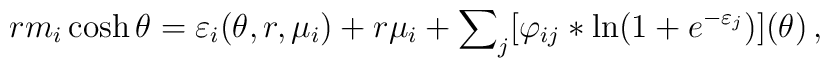
rm_{i}\cosh \theta =\varepsilon _{i}(\theta ,r,\mu _{i})+r\mu_{i}+\sum\nolimits_{j}[\varphi _{ij}\ast \ln (1+e^{-\varepsilon_{j}})](\theta )\,,